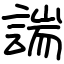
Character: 諯